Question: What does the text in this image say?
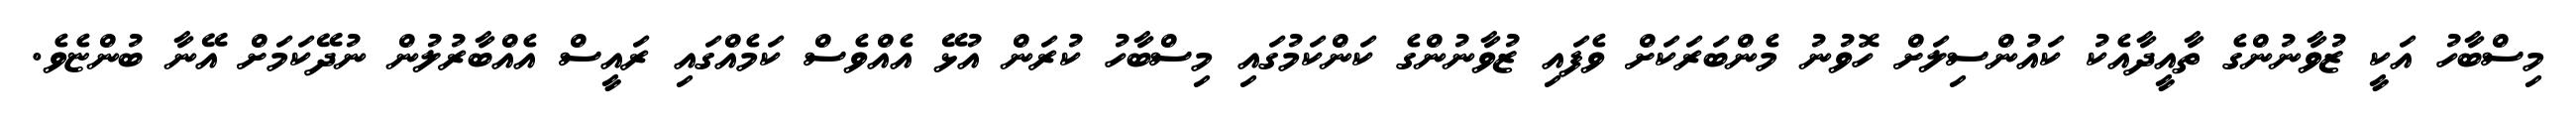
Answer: މިސްބާހު އަކީ ޒުވާނުންގެ ތާއީދާއެކު ކައުންސިލަށް ހޮވުނު މެންބަރަކަށް ވެފައި ޒުވާނުންގެ ކަންކަމުގައި މިސްބާހު ކުރަން އުޅޭ އެއްވެސް ކަމެއްގައި ރައީސް އެއްބާރުލުން ނުދޭކަމަށް އޭނާ ބުންޏެވެ.